Problem: 11 × 4 = ?
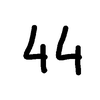
Handwritten answer: 44